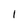
Character: 1